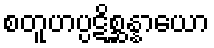
စတူဟပ္ပဋိစ္ဆန္နာယော